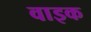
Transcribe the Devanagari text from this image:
वाइक